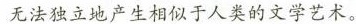
无法独立地产生相似于人类的文学艺术。